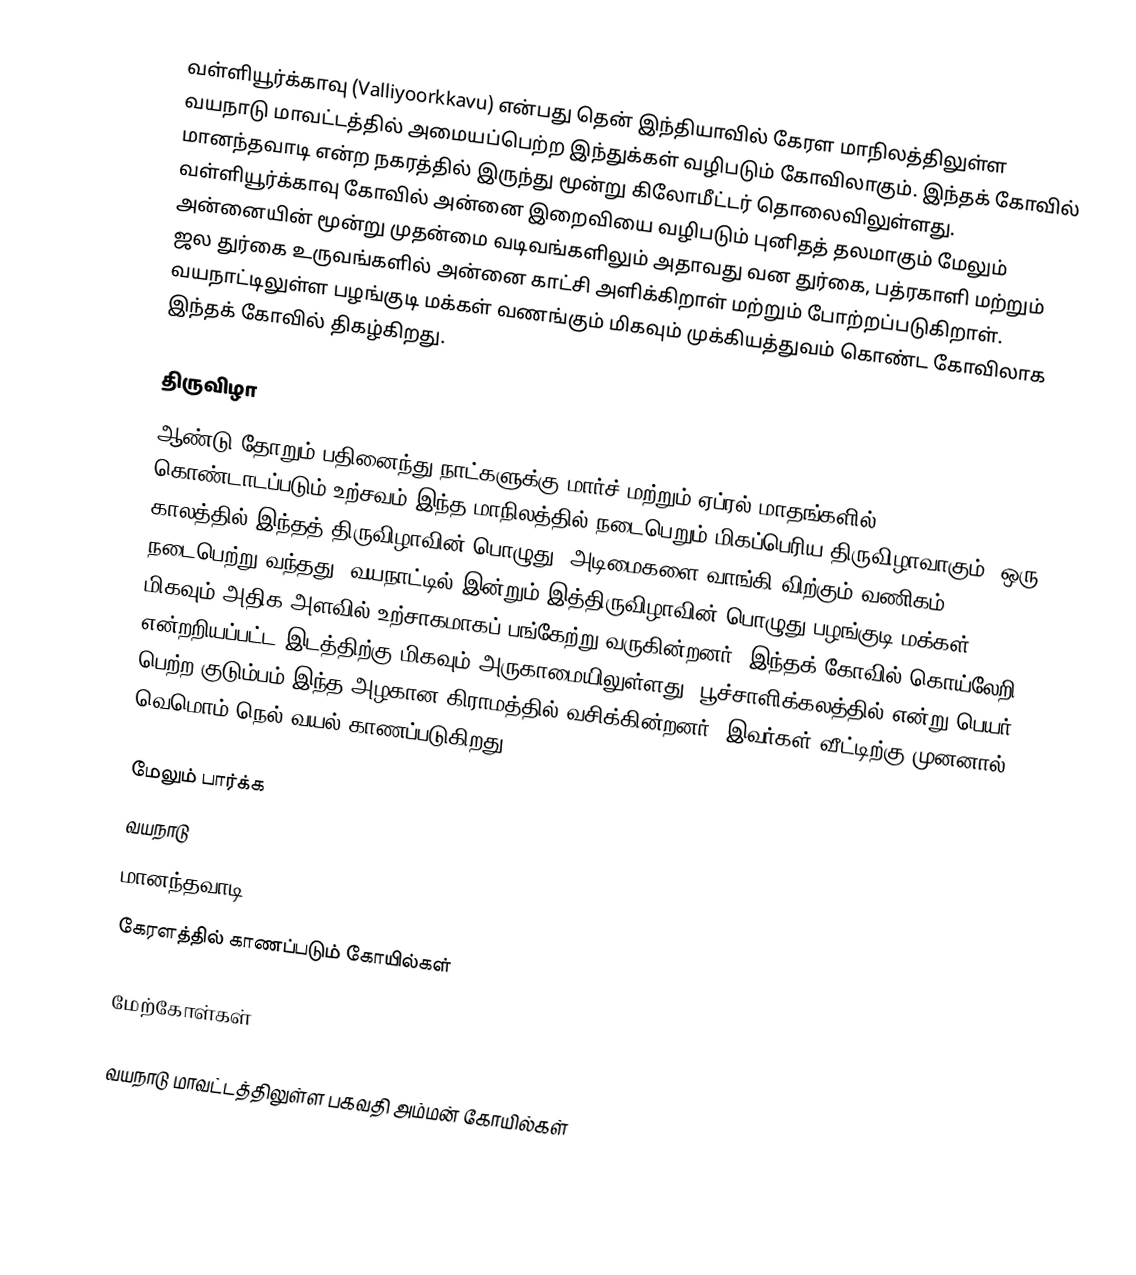
வள்ளியூர்க்காவு (Valliyoorkkavu) என்பது தென் இந்தியாவில் கேரள மாநிலத்திலுள்ள வயநாடு மாவட்டத்தில் அமையப்பெற்ற இந்துக்கள் வழிபடும் கோவிலாகும். இந்தக் கோவில் மானந்தவாடி என்ற நகரத்தில் இருந்து மூன்று கிலோமீட்டர் தொலைவிலுள்ளது. வள்ளியூர்க்காவு கோவில் அன்னை இறைவியை வழிபடும் புனிதத் தலமாகும் மேலும் அன்னையின் மூன்று முதன்மை வடிவங்களிலும் அதாவது வன துர்கை, பத்ரகாளி மற்றும் ஜல துர்கை உருவங்களில் அன்னை காட்சி அளிக்கிறாள் மற்றும் போற்றப்படுகிறாள். வயநாட்டிலுள்ள பழங்குடி மக்கள் வணங்கும் மிகவும் முக்கியத்துவம் கொண்ட கோவிலாக இந்தக் கோவில் திகழ்கிறது.

திருவிழா
ஆண்டு தோறும் பதினைந்து நாட்களுக்கு மார்ச் மற்றும் ஏப்ரல் மாதங்களில் கொண்டாடப்படும் உற்சவம் இந்த மாநிலத்தில் நடைபெறும் மிகப்பெரிய திருவிழாவாகும். ஒரு காலத்தில் இந்தத் திருவிழாவின் பொழுது, அடிமைகளை வாங்கி விற்கும் வணிகம் நடைபெற்று வந்தது. வயநாட்டில் இன்றும் இத்திருவிழாவின் பொழுது பழங்குடி மக்கள் மிகவும் அதிக அளவில் உற்சாகமாகப் பங்கேற்று வருகின்றனர். இந்தக் கோவில் கொய்லேறி என்றறியப்பட்ட இடத்திற்கு மிகவும் அருகாமையிலுள்ளது. பூச்சாளிக்கலத்தில் என்று பெயர் பெற்ற குடும்பம் இந்த அழகான கிராமத்தில் வசிக்கின்றனர். இவர்கள் வீட்டிற்கு முனனால் வெமொம் நெல் வயல் காணப்படுகிறது.

மேலும் பார்க்க
 வயநாடு
 மானந்தவாடி
 கேரளத்தில் காணப்படும் கோயில்கள்

மேற்கோள்கள்

வயநாடு மாவட்டத்திலுள்ள பகவதி அம்மன் கோயில்கள்